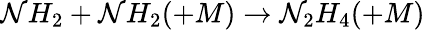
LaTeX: \mathcal{N}H_{2}+\mathcal{N}H_{2}(+M)\rightarrow\mathcal{N}_{2}H_{4}(+M)